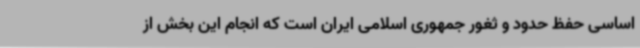
اساسی حفظ حدود و ثغور جمهوری اسلامی ایران است که انجام این بخش از